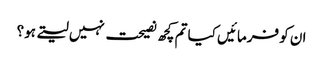
ان کو فرمائیں کیا تم کچھ نصیحت نہیں لیتے ہو؟